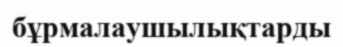
бұрмалаушылықтарды